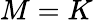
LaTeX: M=K